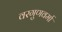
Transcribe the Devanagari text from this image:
वरगुणवर्मा